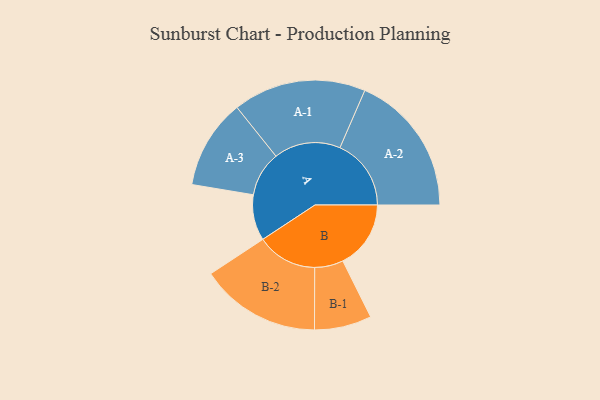
{"axis": {"x": "Segment", "y": "Value"}, "legend": ["", "A", "B"], "data": [{"x": "A", "y": 186, "type": ""}, {"x": "B", "y": 276, "type": ""}, {"x": "A-1", "y": 270, "type": "A"}, {"x": "A-2", "y": 289, "type": "A"}, {"x": "A-3", "y": 182, "type": "A"}, {"x": "B-1", "y": 116, "type": "B"}, {"x": "B-2", "y": 245, "type": "B"}]}